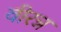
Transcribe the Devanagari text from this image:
वीरन्न